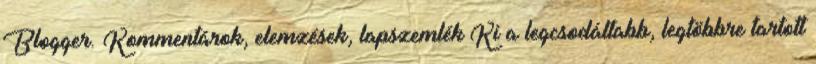
Blogger. Kommentárok, elemzések, lapszemlék Ki a legcsodáltabb, legtöbbre tartott